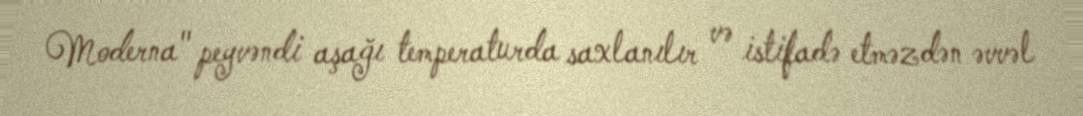
Moderna" peyvəndi aşağı temperaturda saxlanılır və istifadə etməzdən əvvəl